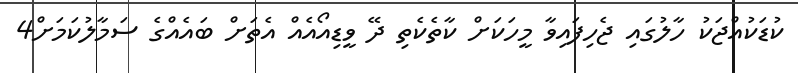
ކުޑަކުއްޖަކު ހާލުގައި ޖެހިފައިވާ މީހަކަށް ކާތެކެތި ދޭ ވީޑިއޯއެއް އެތަށް ބައެއްގެ ސަމާލުކަމަށް4